Report of the Indian Hemp Drugs Commission, 1894-1895 - Volume VII
Year: 1894
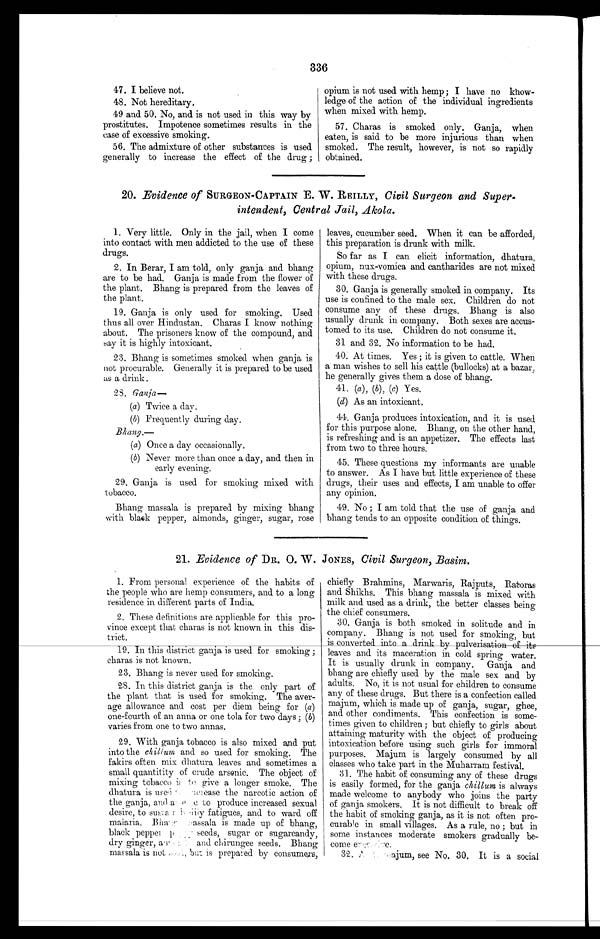
336
47. I believe not.
48. Not hereditary.
49 and 50. No, and is not used in this way by
prostitutes. Impotence sometimes results in the
case of excessive smoking.
56. The admixture of other substances is used
generally to increase the effect of the drug ;
opium is not used with hemp; I have no know-
ledge of the action of the individual ingredients
when mixed with hemp.
57. Charas is smoked only. Ganja, when
eaten, is said to be more injurious than when
smoked. The result, however, is not so rapidly
obtained.
20. Evidence of SURGEON-CAPTAIN E. W. REILLY, Civil Surgeon and Super-
intendent, Central Jail, Akola.
1. Very little. Only in the jail, when I come
into contact with men addicted. to the use of these
drugs.
2. In Berar, I am told, only ganja and bhang
are to be had. Ganja is made from the flower of
the plant. Bhang is prepared from the leaves of
the plant.
19. Ganja is only used for smoking. Used
thus all over Hindustan. Charas I know nothing
about. The prisoners know of the compound, and
say it is highly intoxicant.
23. Bhang is sometimes smoked when ganja is
not procurable. Generally it is prepared to be used
as a drink.
28. Ganja
—
(a ) Twice a day.
(b) Frequently during day.
Bhang. —
(a) Once a day occasionally.
(b) Never more than once a day, and then in
early evening.
29. Ganja is used for smoking mixed with
tobacco.
Bhang massala is prepared by mixing bhang
with black pepper, almonds, ginger, sugar, rose
leaves, cucumber seed. When it can be afforded,
this preparation is drunk with milk.
So far as I can elicit information, dhatura,
opium, nux-vomica and cantharides are not mixed
with these drugs.
30. Ganja is generally smoked in company. Its
use is confined to the male sex. Children do not
consume any of these drugs. Bhang is also
usually drunk in company. Both sexes are accus-
tomed to its use. Children do not consume it.
31 and 32. No information to be had.
40. At times. Yes ; it is given to cattle. When
a man wishes to sell his cattle (bullocks) at a bazar,
he generally gives them a dose of bhang.
41. (a), (b), (c) Yes.
(d) As an intoxicant.
44. Ganja produces intoxication, and it is used
for this purpose alone. Bhang, on the other hand,
is refreshing and is an appetizer. The effects last
from two to three hours.
45. These questions my informants are unable
to answer. As I have but little experience of these
drugs, their uses and effects, I am unable to offer
any opinion.
49. No ; I am told that the use of ganja and
bhang tends to an opposite condition of things.
21. Evidence of DR. O. W. JONES, Civil Surgeon, Basim.
1. From personal experience of the habits of
the people who are hemp consumers, and to a long
residence in different parts of India.
2. These definitions are applicable for this pro-
vince except that charas is not known in this dis-
trict.
19. In this district ganja is used for smoking ;
charas is not known.
23. Bhang is never used for smoking.
28. In this district ganja is the only part of
the plant that is used for smoking. The aver-
age allowance and cost per diem being for (a)
one-fourth of an anna or one tola for two days; ( b)
varies from one to two arenas.
29. With ganja tobacco is also mixed and put
into the chillum and so used for smoking. The
fakirs often mix dhatura leaves and sometimes a
small quantitity of crude arsenic. The object of
mixing tobacco is to give a longer smoke. The
dhatura is used increase the narcotic action of
the ganja, and aec to produce increased sexual
desire, to susta fatigues, and to ward off
malaria. Bhaassala is made up of bhang,
black pepper p seeds, sugar or sugarcandy,
dry ginger, a and chirungee seeds. Bhang
massala is not but is prepared by consumers,
chiefly Brahmins, Marwaris, Rajputs, Ratoras
and Shikhs. This bhang massala is mixed with
milk and used as a drink, the better classes being
the chief consumers.
30. Ganja is both smoked in solitude and in
company. Bhang is not used for smoking, but
is converted into a drink by pulverisation of its
leaves and its maceration in cold spring water.
It is usually drunk in company. Ganja and
bhang are chiefly used by the male sex and by
adults. No, it is not usual for children to consume
any of these drugs. But there is a confection called
majum, which is made up of ganja, sugar, ghee,
and other condiments. This confection is some-
times given to children ; but chiefly to girls about
attaining maturity with the object of producing
intoxication before using such girls for immoral
purposes. Majum is largely consumed by all
classes who take part in the Muharram festival.
31. The habit of consuming any of these drugs
is easily formed, for the ganja chillum is always
made welcome to anybody who joins the party
of ganja smokers. It is not difficult to break off
the habit of smoking ganja, as it is not often pro-
curable in small villages. As a rule, no ; but in
some instances moderate smokers gradually be-
come ex.
32. Aajum, see No. 30. It is a social